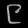
Digit: ၉